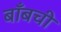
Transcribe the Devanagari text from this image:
बाँबची